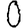
Digit: 0